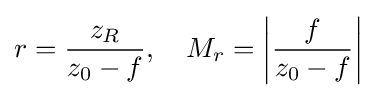
r={\frac {z_{R}}{z_{0}-f}},\quad M_{r}=\left|{\frac {f}{z_{0}-f}}\right|